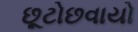
છૂટોછવાયો